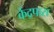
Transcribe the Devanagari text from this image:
केंद्रपारा